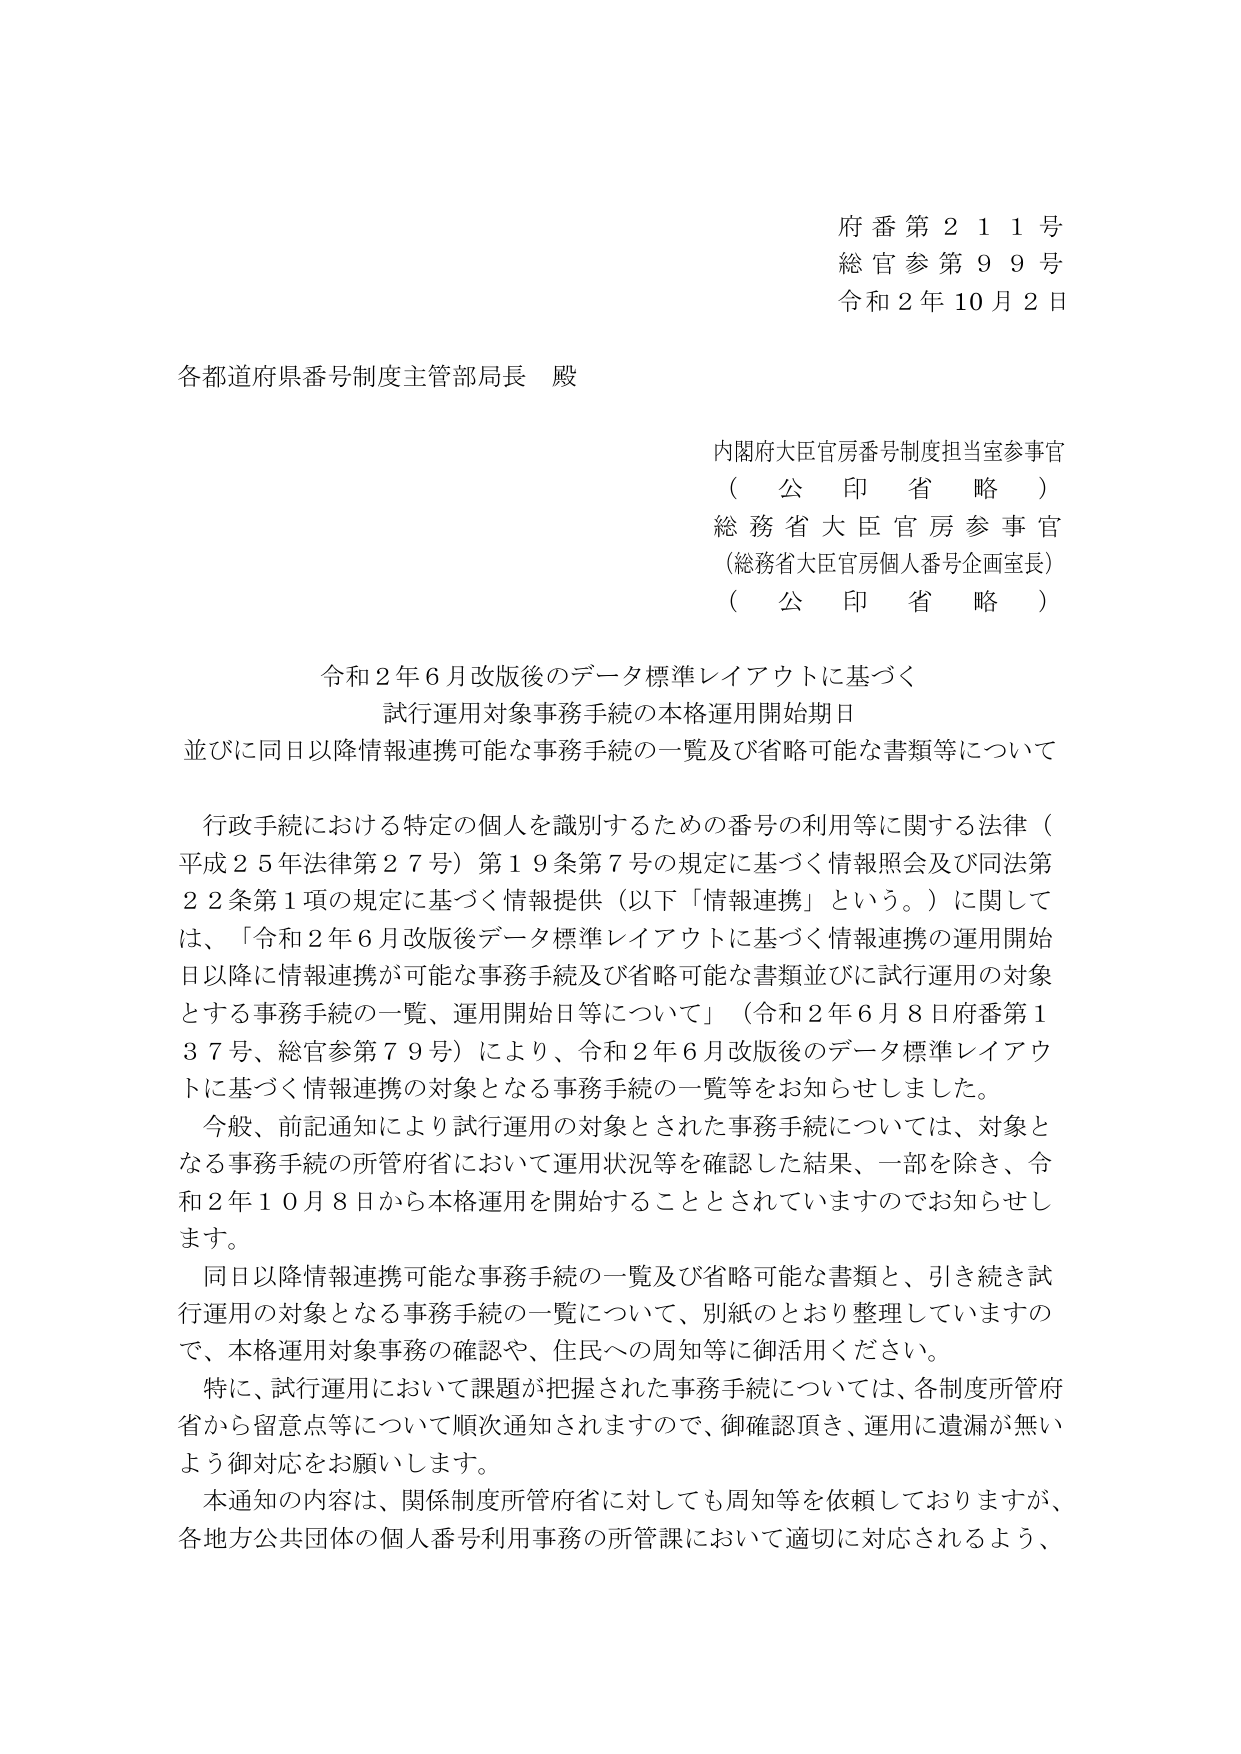
府番第211号
総官参第99号
令和2年10月2日

各都道府県番号制度主管部局長 殿

内閣府大臣官房番号制度担当室参事官
（公印省略）
総務省大臣官房参事官
（総務省大臣官房個人番号企画室長）
（公印省略）

令和2年6月改版後のデータ標準レイアウトに基づく
試行運用対象事務手続の本格運用開始期日
並びに同日以降情報連携可能な事務手続の一覧及び省略可能な書類等について

行政手続における特定の個人を識別するための番号の利用等に関する法律（平成25年法律第27号）第19条第7号の規定に基づく情報照会及び同法第22条第1項の規定に基づく情報提供（以下「情報連携」という。）に関しては、「令和2年6月改版後データ標準レイアウトに基づく情報連携の運用開始日以降に情報連携が可能な事務手続及び省略可能な書類並びに試行運用の対象とする事務手続の一覧、運用開始日等について」（令和2年6月8日府番第137号、総官参第79号）により、令和2年6月改版後のデータ標準レイアウトに基づく情報連携の対象となる事務手続の一覧等をお知らせしました。

今般、前記通知により試行運用の対象とされた事務手続については、対象となる事務手続の所管府省において運用状況等を確認した結果、一部を除き、令和2年10月8日から本格運用を開始することとされていますのでお知らせします。

同日以降情報連携可能な事務手続の一覧及び省略可能な書類と、引き続き試行運用の対象となる事務手続の一覧について、別紙のとおり整理していますので、本格運用対象事務の確認や、住民への周知等に御活用ください。

特に、試行運用において課題が把握された事務手続については、各制度所管府省から留意点等について順次通知されますので、御確認頂き、運用に遺漏が無いよう御対応をお願いします。

本通知の内容は、関係制度所管府省に対しても周知等を依頼しておりますが、各地方公共団体の個人番号利用事務の所管課において適切に対応されるよう、